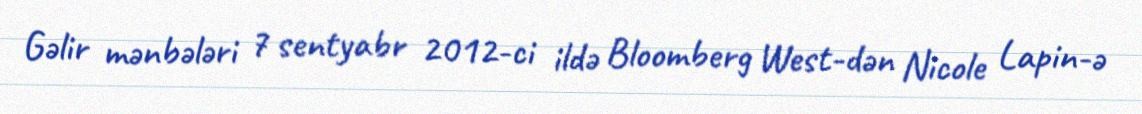
Gəlir mənbələri 7 sentyabr 2012-ci ildə Bloomberg West-dən Nicole Lapin-ə